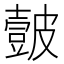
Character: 皼